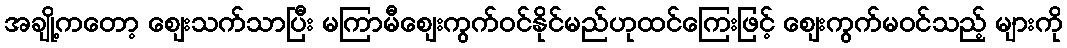
အချို့ကတော့ ဈေးသက်သာပြီး မကြာမီဈေးကွက်ဝင်နိုင်မည်ဟုထင်ကြေးဖြင့် ဈေးကွက်မဝင်သည့် များကို